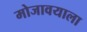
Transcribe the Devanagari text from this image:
मोजावयाला